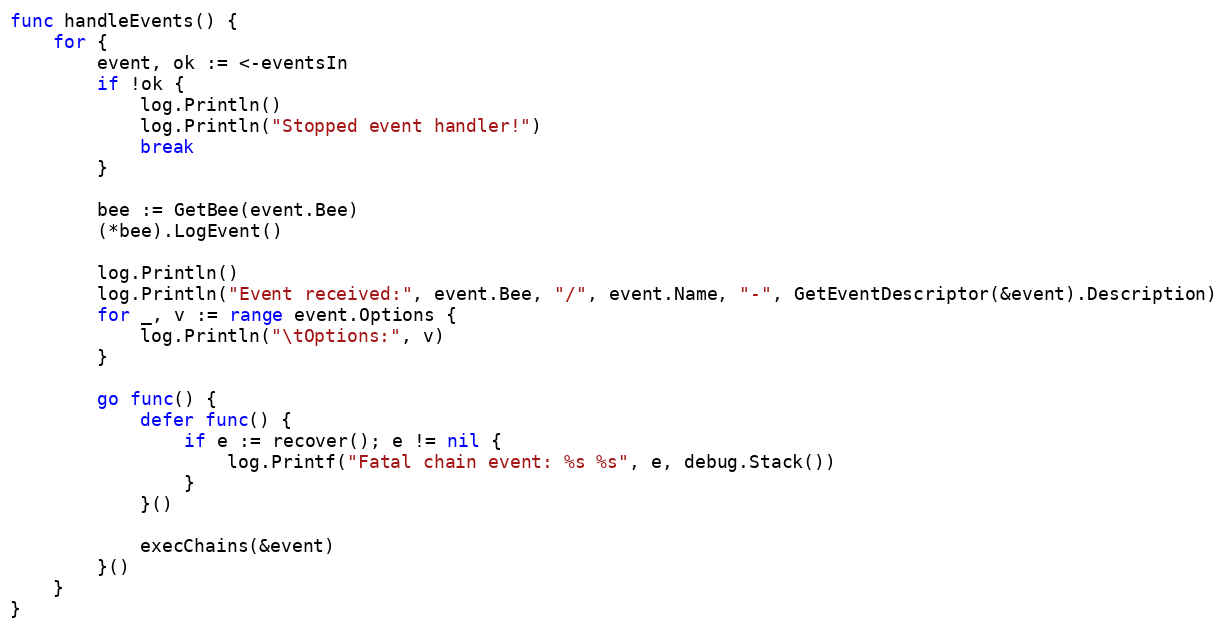
Language: Go
func handleEvents() {
	for {
		event, ok := <-eventsIn
		if !ok {
			log.Println()
			log.Println("Stopped event handler!")
			break
		}

		bee := GetBee(event.Bee)
		(*bee).LogEvent()

		log.Println()
		log.Println("Event received:", event.Bee, "/", event.Name, "-", GetEventDescriptor(&event).Description)
		for _, v := range event.Options {
			log.Println("\tOptions:", v)
		}

		go func() {
			defer func() {
				if e := recover(); e != nil {
					log.Printf("Fatal chain event: %s %s", e, debug.Stack())
				}
			}()

			execChains(&event)
		}()
	}
}